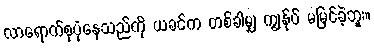
လာရောက်စုပုံနေသည်ကို ယခင်က တစ်ခါမျှ ကျွန်ုပ် မမြင်ခဲ့ဘူး။